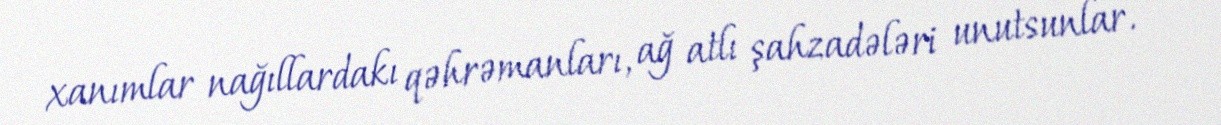
xanımlar nağıllardakı qəhrəmanları, ağ atlı şahzadələri unutsunlar.